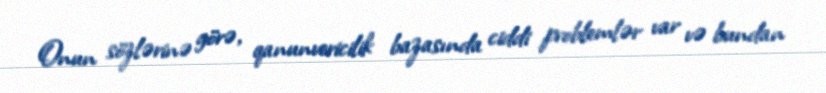
Onun sözlərinə görə, qanunvericilik bazasında ciddi problemlər var və bundan